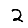
Digit: 2